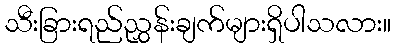
သီးခြားရည်ညွှန်းချက်များရှိပါသလား။